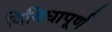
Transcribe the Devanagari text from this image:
विविधापूर्ण